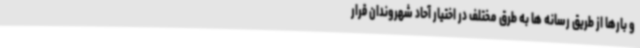
و بارها از طریق رسانه ها به طرق مختلف در اختیار آحاد شهروندان قرار